38_143685_box_Incident_Summaries_101-172
Agency: Department of War
Page 56
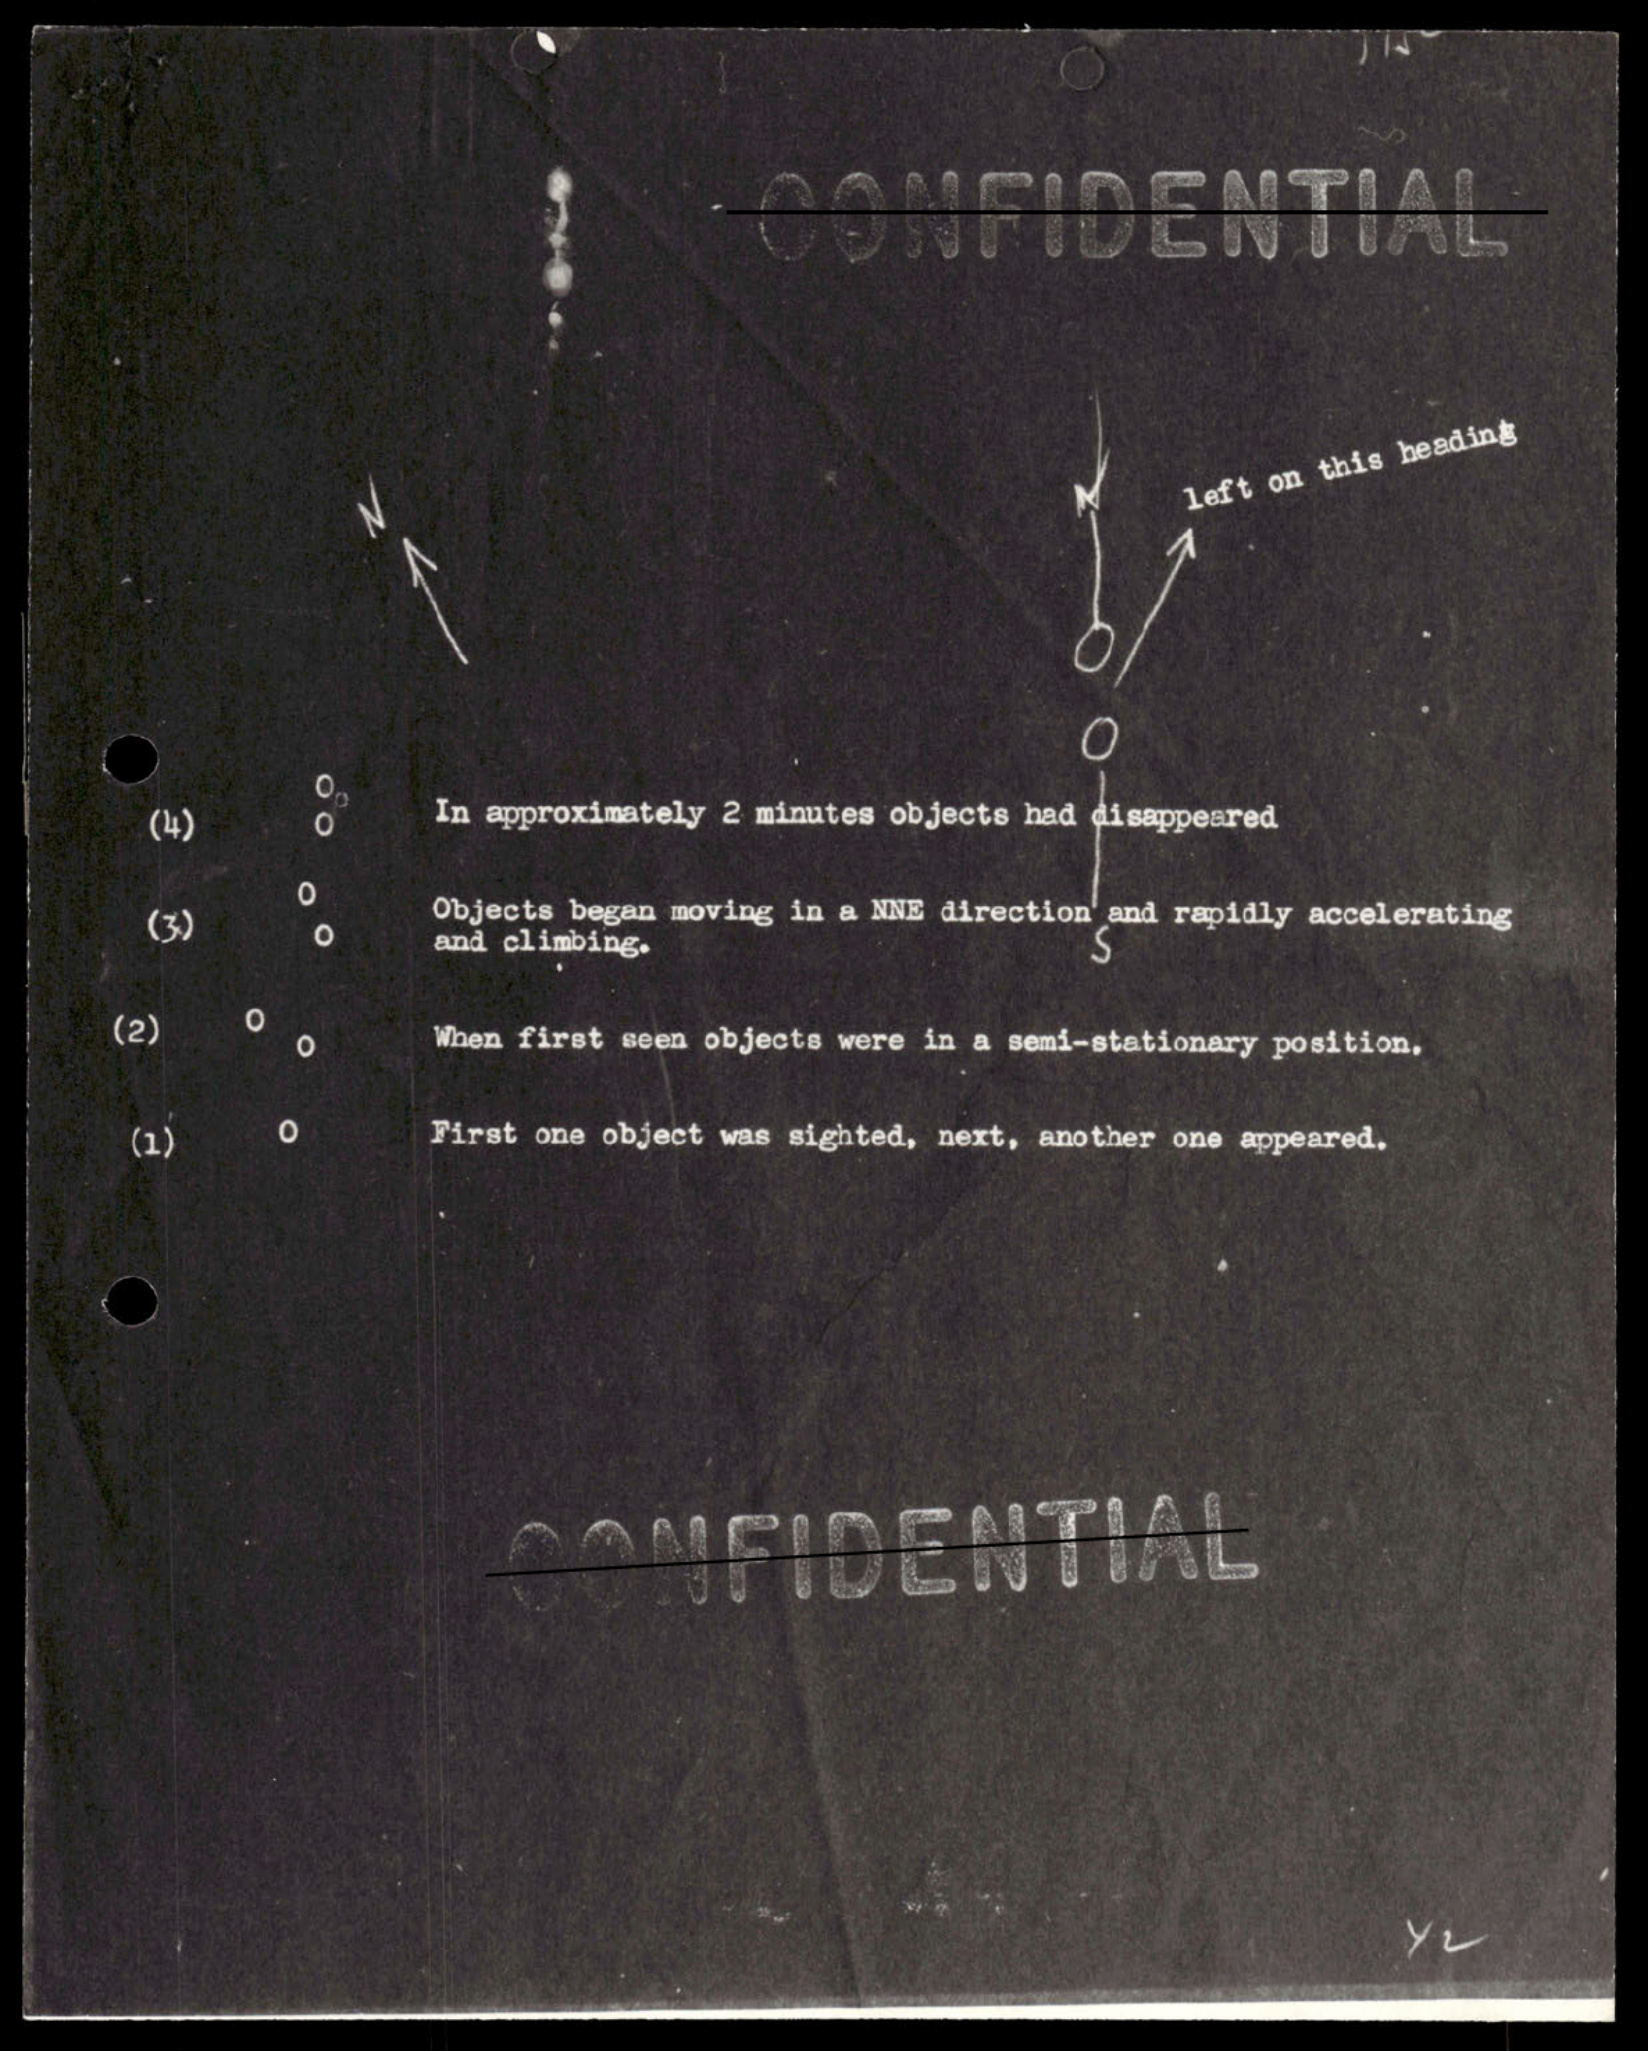